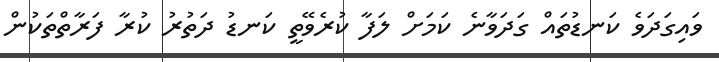
ވައިގަދަވެ ކަނޑުތައް ގަދަވާނެ ކަމަށް ލަފާ ކުރެވޭތީ ކަނޑު ދަތުރު ކުރާ ފަރާތްތަކުން